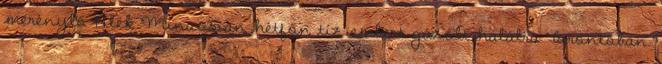
merénylő Alek Minassian hétfőn tíz embert gázolt halálra Torontóban.